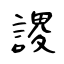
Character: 謖